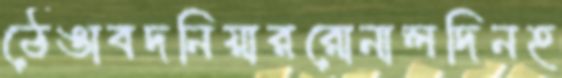
ঠেঙাবদনিয়াররোনালদিনহ